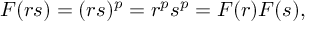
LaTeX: F ( r s ) = ( r s ) ^ { p } = r ^ { p } s ^ { p } = F ( r ) F ( s ) ,